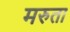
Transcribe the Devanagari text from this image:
मरुता